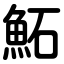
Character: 鮖